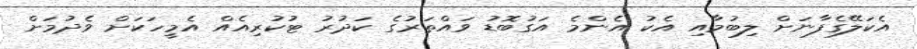
އެކަލޭގެފާނަށް ލިބުމާއި އެކު އެންމެ އަގުބޮޑު ވައްތަރުގެ ކަދުރު ޓުކުރިއެއް އެމީހަކަށް ވެދުމަށް